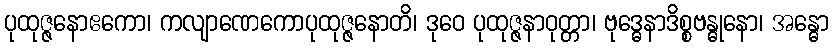
ပုထုဇ္ဇနောဧကော၊ ကလျာဏေကောပုထုဇ္ဇနောတိ၊ ဒုဝေ ပုထုဇ္ဇနာဝုတ္တာ၊ ဗုဒ္ဓေနာဒိစ္စဗန္ဓုနော၊ အန္ဓော